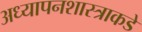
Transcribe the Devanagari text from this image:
अध्यापनशास्त्राकडे